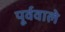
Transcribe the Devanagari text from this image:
पूर्ववाले